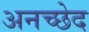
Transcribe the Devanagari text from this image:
अनच्छेद